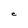
Character: e